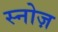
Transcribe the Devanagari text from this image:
स्नोज़